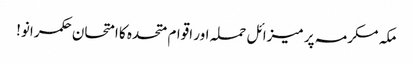
مکہ مکرمہ پر میزائل حملہ اور اقوام متحدہ کا امتحان	 حکمرانو!